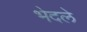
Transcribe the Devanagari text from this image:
भेदले